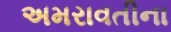
અમરાવતીના